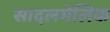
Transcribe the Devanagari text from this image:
सादलमेलिक